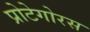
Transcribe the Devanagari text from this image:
प्रोटेगोरस